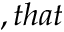
, t h a t